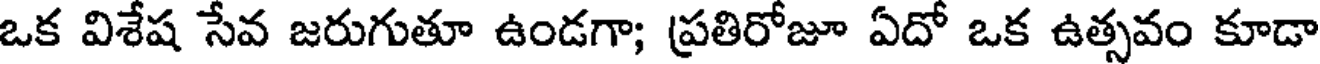
ఒక విశేష సేవ జరుగుతూ ఉండగా; ప్రతిరోజూ ఏదో ఒక ఉత్సవం కూడా